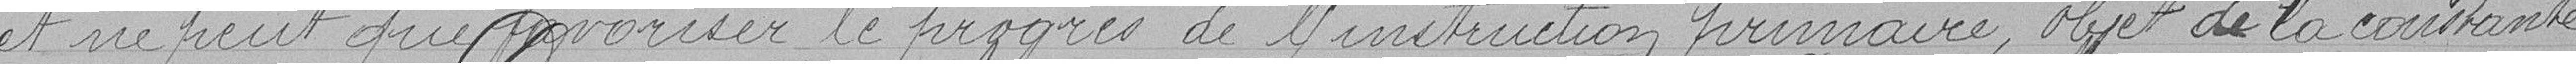
et ne peut que favoriser le progrès de l'instruction primaire, objet de la constante